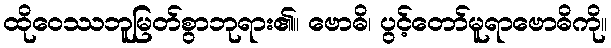
ထိုဝေဿဘူမြတ်စွာဘုရား၏။ ဗောဓိ၊ ပွင့်တော်မူရာဗောဓိကို။